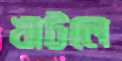
খাটলে